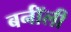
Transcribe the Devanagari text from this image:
बर्नॉली